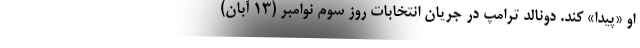
او «پیدا» کند. دونالد ترامپ در جریان انتخابات روز سوم نوامبر (۱۳ آبان)